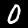
Digit: 0